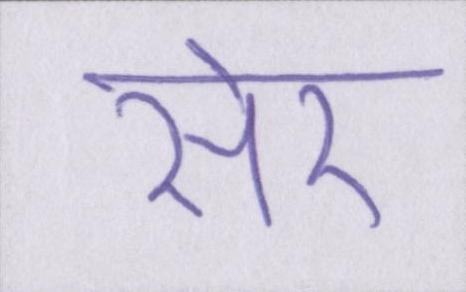
सेर